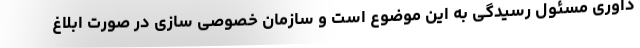
داوری مسئول رسیدگی به این موضوع است و سازمان خصوصی سازی در صورت ابلاغ